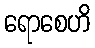
ရောစေဟိ